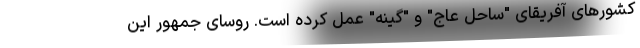
کشورهای آفریقای "ساحل عاج" و "گینه" عمل کرده است. روسای جمهور این